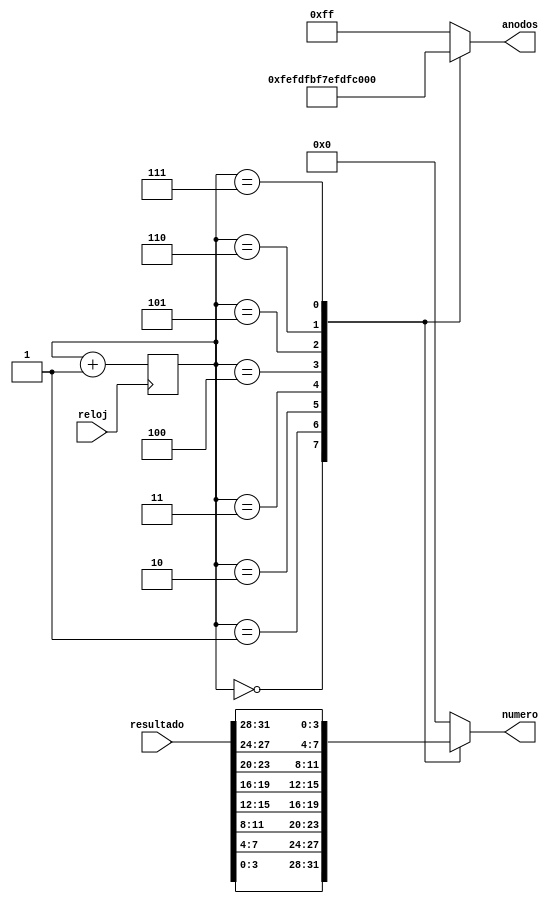
module display(
input reloj,
input [31:0] resultado,
output reg [3:0] numero,
output reg [7:0] anodos
    );
    
reg [3:0] counter;

always@(posedge reloj)
        begin
            counter <= counter+4'b1;
        end

 always@(*)
           begin
               case (counter) 
                       4'd0 :    begin
                                   anodos[7:0] = 8'b11111110;
                                   numero = resultado[3:0];
                               end
                       4'd1 :     begin
                                   anodos[7:0] = 8'b11111101;
                                   numero = resultado[7:4];
                               end
                               
                      4'd2 :    begin
                                                                  anodos[7:0] = 8'b11111011;
                                                                  numero = resultado[11:8];
                                                              end
                                                      4'd3 :    begin
                                                                  anodos[7:0] = 8'b11110111;
                                                                  numero = resultado[15:12];
                                                              end
                                                      4'd4 :    begin
                                                                  anodos[7:0] = 8'b11101111;
                                                                  numero = resultado[19:16];
                                                              end
                                                      4'd5 :    begin
                                                                  anodos[7:0] = 8'b11011111;
                                                                  numero = resultado[23:20];
                                                              end
                                                      4'd6 :    begin
                                                                  anodos[7:0] = 8'b10111111;
                                                                  numero = resultado[27:24];
                                                              end
                                                      4'd7 :    begin
                                                                  anodos[7:0] = 8'b01111111;
                                                                  numero = resultado[31:28];
                                                              end
                       default :   begin
                                       anodos[7:0] = 8'b11111111;
                                       numero = 4'd0;
                                   end
               endcase
           end
endmodule